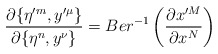
\begin{align*}\frac{\partial \{\eta'^m,y'^\mu\}}{\partial \{\eta^n,y^\nu\}} =Ber^{-1}\left(\frac{\partial x'^M}{\partial x^N}\right)\end{align*}